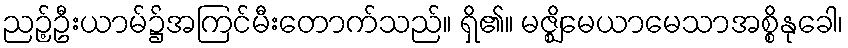
ညဉ့်ဦးယာမ်၌အကြင်မီးတောက်သည်။ ရှိ၏။ မဇ္ဈိမေယာမေသာအစ္စိနုခေါ၊